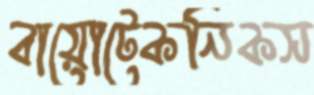
বায়োটেকনিকস